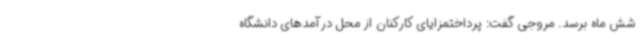
شش ماه برسد. مروجی گفت: پرداختمزایای کارکنان از محل درآمدهای دانشگاه